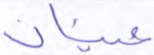
عينان